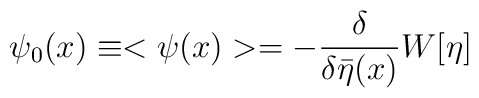
\psi_0(x)\equiv< \psi(x) >=-\frac{\delta}{\delta\bar\eta(x)}W[\eta]